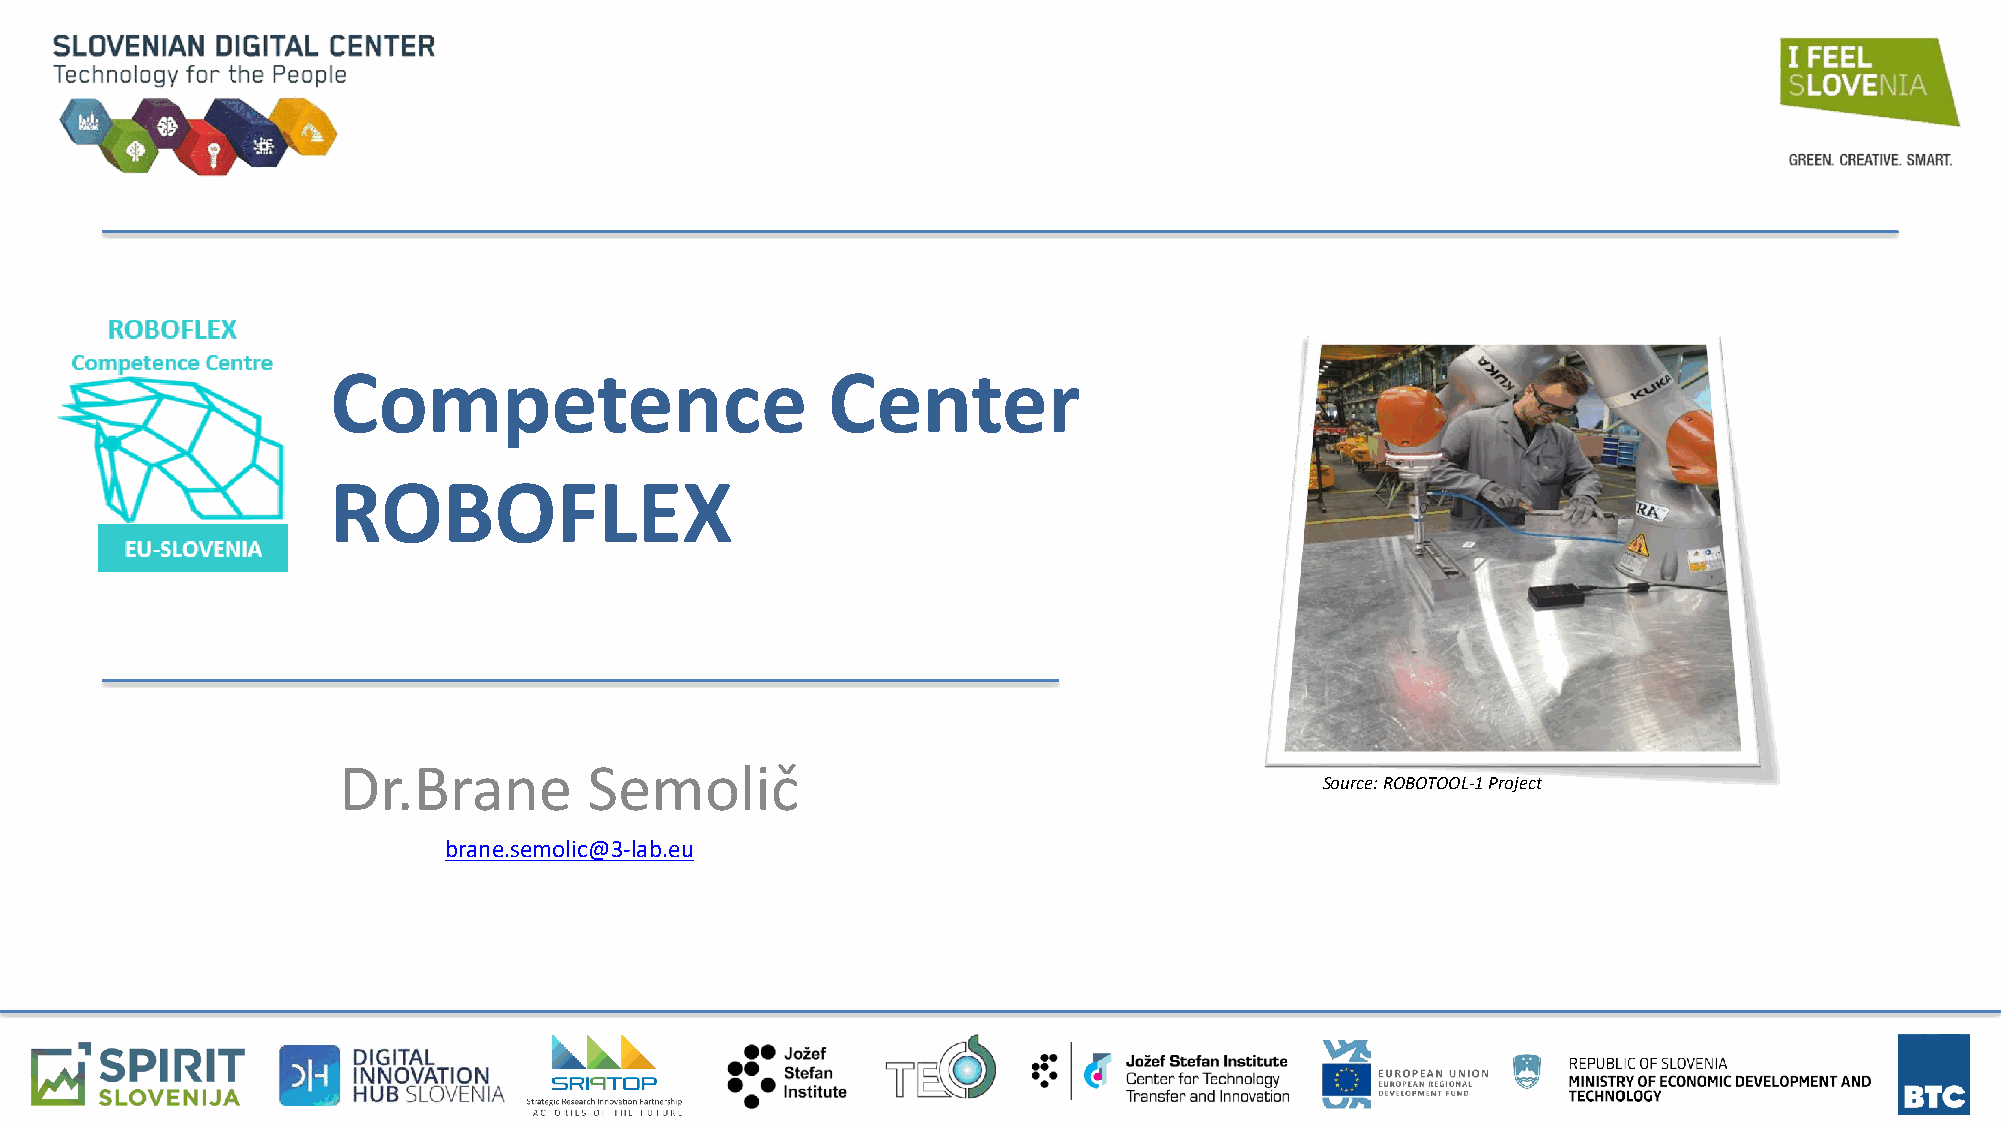
Competence                       Center
 ROBOFLEX
 Dr.Brane         Semolič
 Source: ROBOTOOL-1 Project
 brane.semolic@3-lab.eu